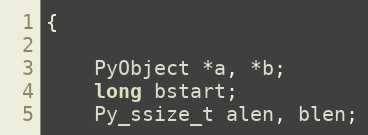
Language: C
{

	PyObject *a, *b;
	long bstart;
	Py_ssize_t alen, blen;